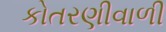
કોતરણીવાળી